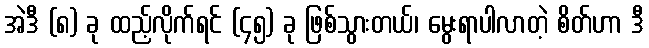
အဲဒီ (၈) ခု ထည့်လိုက်ရင် (၄၅) ခု ဖြစ်သွားတယ်၊ မွေးရာပါလာတဲ့ စိတ်ဟာ ဒီ